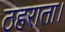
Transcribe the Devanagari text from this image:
ठहराता।